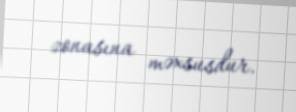
zonasına məxsusdur.